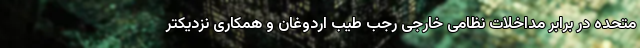
متحده در برابر مداخلات نظامی خارجی رجب طیب اردوغان و همکاری نزدیکتر